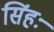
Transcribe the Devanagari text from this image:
सिंहः